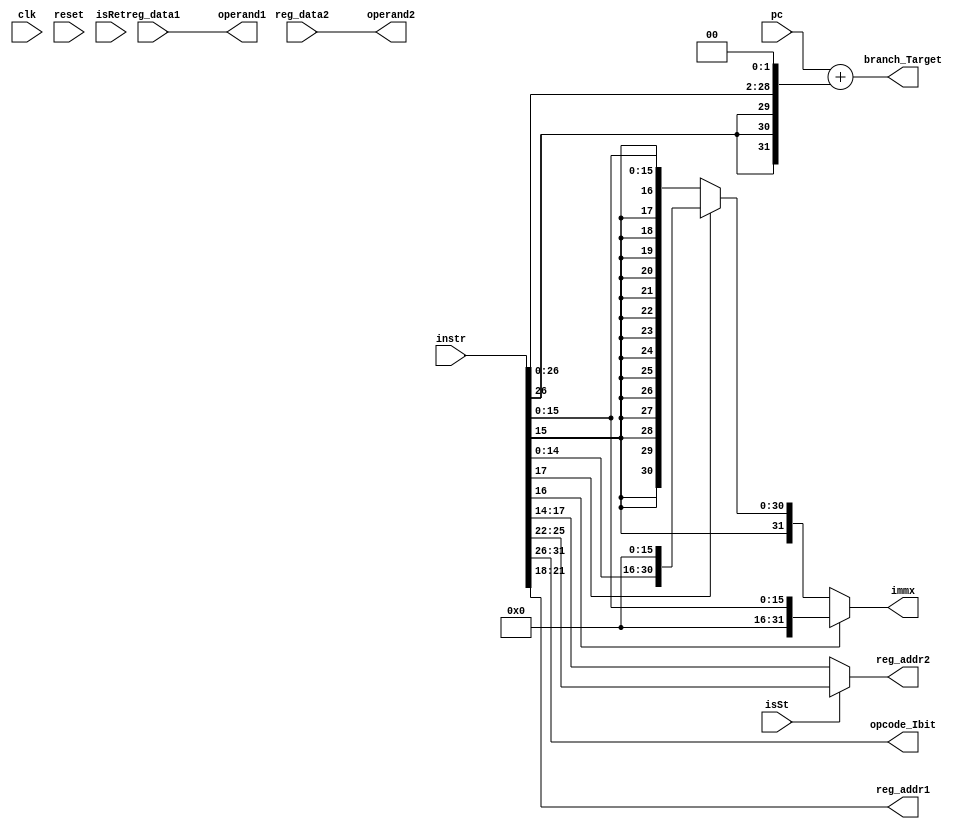
`timescale 1ns / 1ps
//////////////////////////////////////////////////////////////////////////////////
// Company: 
// Engineer: 
// 
// Design Name: 
// Module Name: Operand_Fetch
// Project Name: 
// Target Devices: 
// Tool Versions: 
// Description: 
// 
// Dependencies: 
// 
// Revision:
// Revision 0.01 - File Created
// Additional Comments:
// 
//////////////////////////////////////////////////////////////////////////////////

module Operand_Fetch(
    input clk, reset,
    input isRet, isSt,
    input [31:0] pc,
    input [31:0] instr,
    output [31:0] immx, branch_Target,
    output [31:0] operand1, operand2,
    output [5:0] opcode_Ibit,
    // Register File Interface
    output [3:0] reg_addr1, reg_addr2,
    input [31:0] reg_data1, reg_data2
);

    reg [31:0] immx_next;

    // Immediate Calculation 
    always @(*) begin
        if (instr[16] == 1'b1) immx_next = {16'b0, instr[15:0]};
        else if (instr[17] == 1'b1) immx_next = {instr[15:0], 16'b0};
        else immx_next = {{16{instr[15]}}, instr[15:0]};
    end
    assign immx = immx_next;
      
    // Computing Branch Target
    reg [31:0] temp;
    reg [31:0] target;
    
    always @(*) begin
        temp = {{5{instr[26]}}, instr[26:0]}; // Sign Extension of Offset
        target = pc + (temp << 2);
    end
    assign branch_Target = target;
    
    // Operand Fetch (Reg File Read)
    reg [31:0] op1, op2;

    assign reg_addr1 = instr[21:18];
    assign reg_addr2 = isSt ? instr[25:22] : instr[17:14];

    always @(*) begin
        if (isRet) begin
            op1 = reg_data1;
        end else begin
            op1 = reg_data1;
        end
        if (isSt) begin
            op2 = reg_data2;
        end else begin
            op2 = reg_data2;
        end
    end
    assign operand1 = op1;
    assign operand2 = op2;

    // opcode and Ibit to the Control unit
    assign opcode_Ibit = instr[31:26];
endmodule